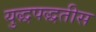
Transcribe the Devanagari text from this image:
युद्धपद्धतीस